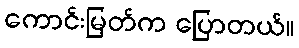
ကောင်းမြတ်က ပြောတယ်။